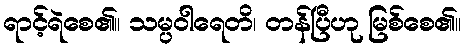
ရာင့်ရဲစေ၏။ သမ္ပဝါရေတိ၊ တန်ပြီဟု မြစ်စေ၏။